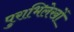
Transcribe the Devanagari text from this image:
पुराभिलेखों